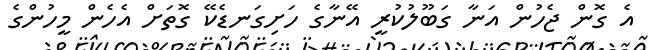
އެ ގޮން ޖެހުން އަނާ ގަބޫލުކުރީ އޭނާގެ ހަށިގަނޑެކޭ ގޮތަށް އެހެން މީހުންގެ